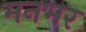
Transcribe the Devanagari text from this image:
मनभर